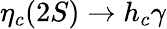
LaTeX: \eta_{c}(2S)\rightarrow h_{c}\gamma